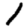
Digit: 1